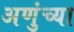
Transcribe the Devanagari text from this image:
अणुंच्या